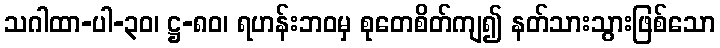
သဂါထာ-ပါ-၃၀၊ ဋ္ဌ-၈၀၊ ရဟန်းဘဝမှ စုတေစိတ်ကျ၍ နတ်သားသွားဖြစ်သော